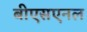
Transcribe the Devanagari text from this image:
बीएसएनल